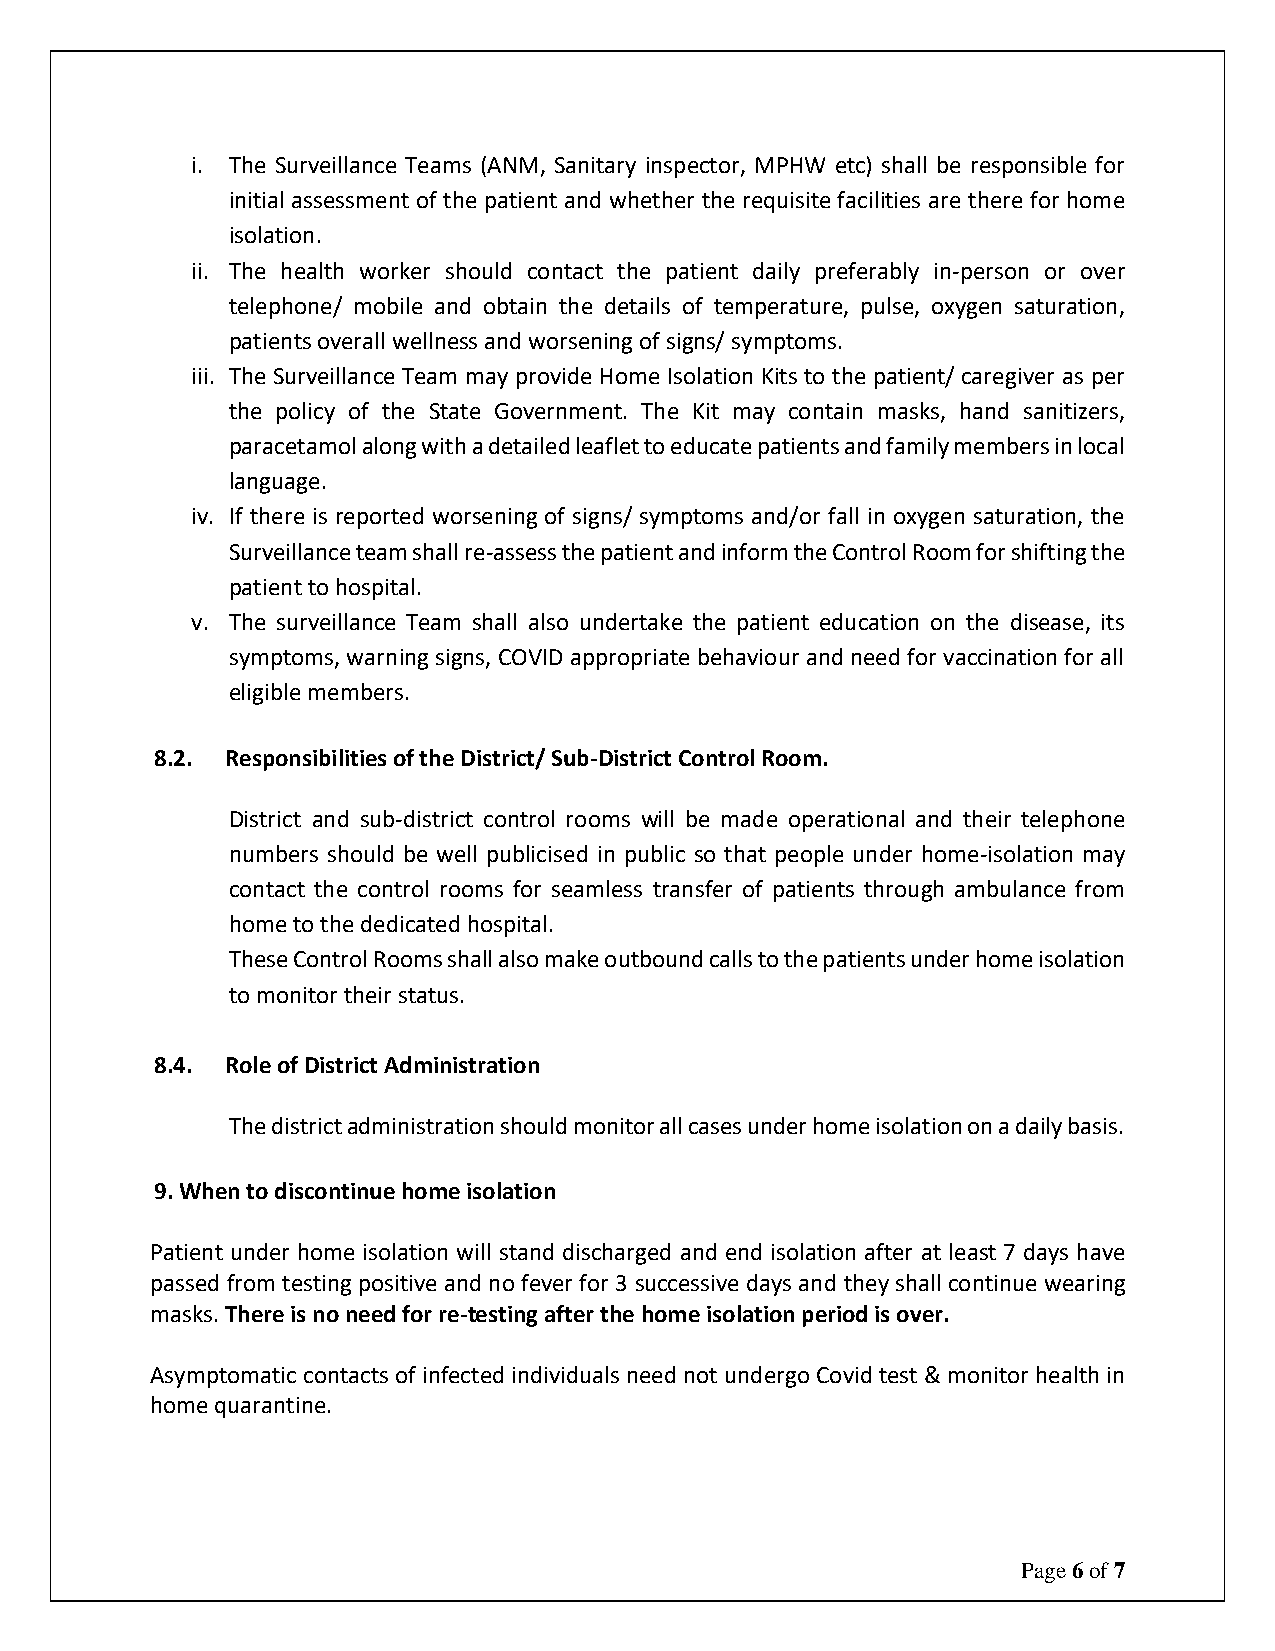
i. The Surveillance Teams (ANM, Sanitary inspector, MPHW etc) shall be responsible for
 initial assessment of the patient and whether the requisite facilities are there for home
 isolation.
 ii. The health worker should contact the patient daily preferably in-person or over
 telephone/ mobile and obtain the details of temperature, pulse, oxygen saturation,
 patients overall wellness and worsening of signs/ symptoms.
 iii. The Surveillance Team may provide Home Isolation Kits to the patient/ caregiver as per
 the policy of the State Government. The Kit may contain masks, hand sanitizers,
 paracetamol along with a detailed leaflet to educate patients and family members in local
 language.
 iv. If there is reported worsening of signs/ symptoms and/or fall in oxygen saturation, the
 Surveillance team shall re-assess the patient and inform the Control Room for shifting the
 patient to hospital.
 v. The surveillance Team shall also undertake the patient education on the disease, its
 symptoms, warning signs, COVID appropriate behaviour and need for vaccination for all
 eligible members.
 8.2. Responsibilities of the District/ Sub-District Control Room.
 District and sub-district control rooms will be made operational and their telephone
 numbers should be well publicised in public so that people under home-isolation may
 contact the control rooms for seamless transfer of patients through ambulance from
 home to the dedicated hospital.
 These Control Rooms shall also make outbound calls to the patients under home isolation
 to monitor their status.
 8.4. Role of District Administration
 The district administration should monitor all cases under home isolation on a daily basis.
 9. When to discontinue home isolation
 Patient under home isolation will stand discharged and end isolation after at least 7 days have
 passed from testing positive and no fever for 3 successive days and they shall continue wearing
 masks. There is no need for re-testing after the home isolation period is over.
 Asymptomatic contacts of infected individuals need not undergo Covid test & monitor health in
 home quarantine.
 Page 6 of 7